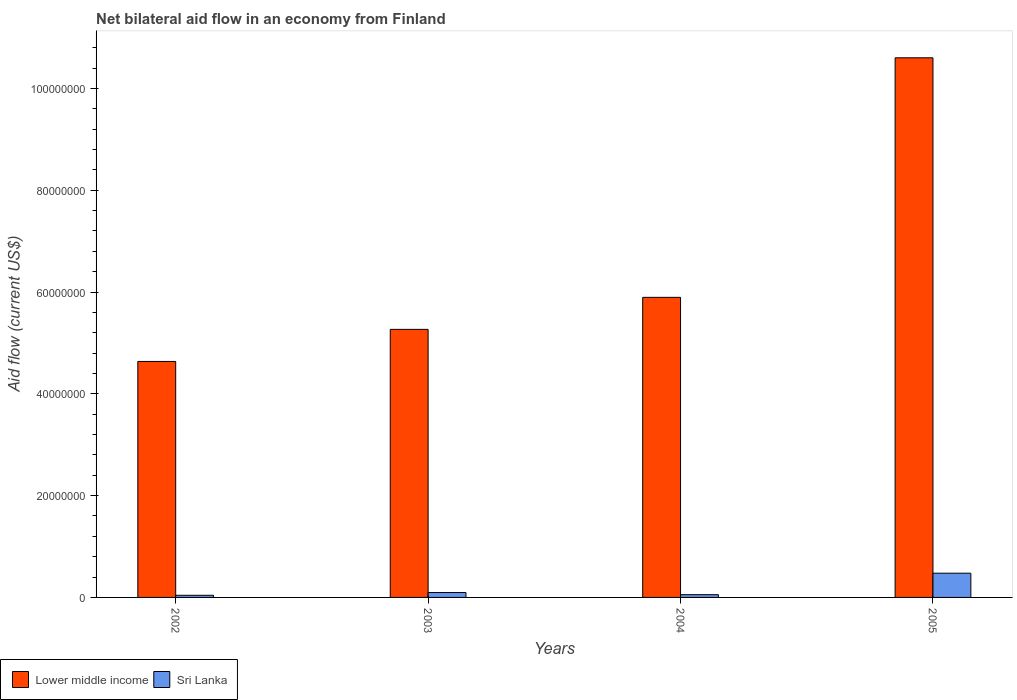
| Years | Lower middle income | Sri Lanka |
 | --- | --- | --- |
 | 2002 | 4.64e+07 | 4.2e+05 |
 | 2003 | 5.27e+07 | 9.6e+05 |
 | 2004 | 5.9e+07 | 5.4e+05 |
 | 2005 | 1.06e+08 | 4.76e+06 |